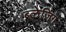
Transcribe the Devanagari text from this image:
ब्लेज़िंग